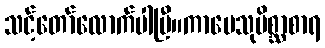
သင့်တော်လောက်ပါပြီ။ကာမေသုမိစ္ဆာစာရ